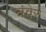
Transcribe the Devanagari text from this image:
त्रंवेर